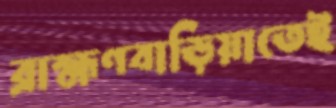
ব্রাহ্মণবাড়িয়াতেই